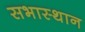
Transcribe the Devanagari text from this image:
सभास्थान